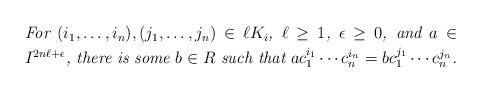
LaTeX: \begin{align*}\lower 1pc\hbox to .8\linewidth{\vbox{\rightskip=.2\linewidth\noindent\textit{For $(i_1,\ldots,i_n),(j_1,\ldots,j_n)\in\ell K_i$, $\ell\geq1$, $\epsilon\geq0$, and $a\in I^{2n\ell+\epsilon}$, there is some $b\in R$ such that $ac_1^{i_1}\cdots c_n^{i_n}=bc_1^{j_1}\cdots c_n^{j_n}$.}}}\end{align*}